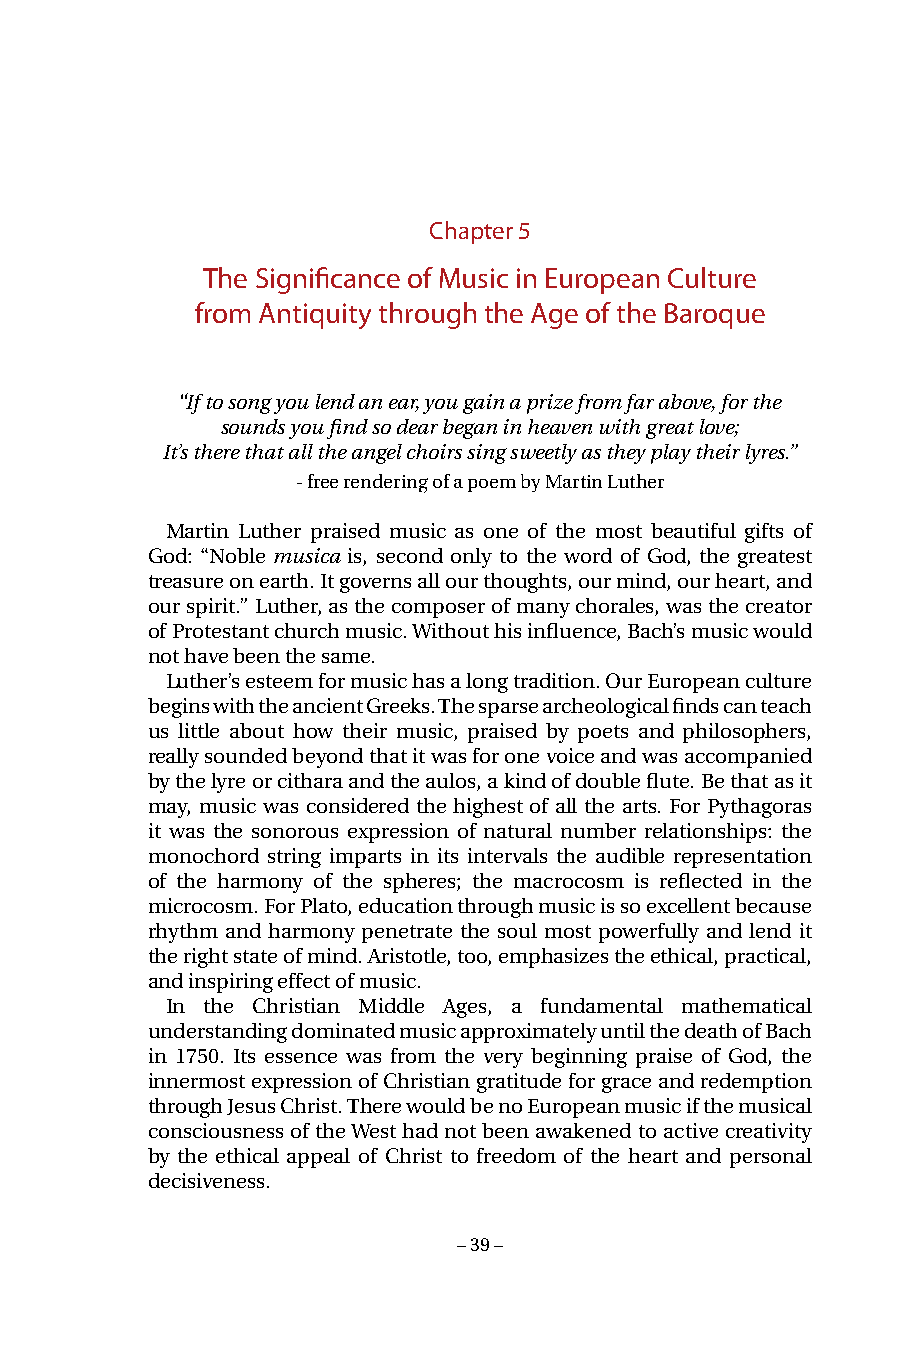
Chapter 5
 The Significance of Music in European Culture
 from Antiquity through the Age of the Baroque
 “If to song you lend an ear, you gain a prize from far above, for the
 sounds you find so dear began in heaven with great love;
 It’s there that all the angel choirs sing sweetly as they play their lyres.”
 - free rendering of a poem by Martin Luther
 Martin Luther praised music as one of the most beautiful gifts of
 God: “Noble musica is, second only to the word of God, the greatest
 treasure on earth. It governs all our thoughts, our mind, our heart, and
 our spirit.” Luther, as the composer of many chorales, was the creator
 of Protestant church music. Without his influence, Bach’s music would
 not have been the same.
 Luther’s esteem for music has a long tradition. Our European culture
 begins with the ancient Greeks. The sparse archeological finds can teach
 us little about how their music, praised by poets and philosophers,
 really sounded beyond that it was for one voice and was accompanied
 by the lyre or cithara and the aulos, a kind of double flute. Be that as it
 may, music was considered the highest of all the arts. For Pythagoras
 it was the sonorous expression of natural number relationships: the
 monochord string imparts in its intervals the audible representation
 of the harmony of the spheres; the macrocosm is reflected in the
 microcosm. For Plato, education through music is so excellent because
 rhythm and harmony penetrate the soul most powerfully and lend it
 the right state of mind. Aristotle, too, emphasizes the ethical, practical,
 and inspiring effect of music.
 In the Christian Middle Ages, a fundamental mathematical
 understanding dominated music approximately until the death of Bach
 in 1750. Its essence was from the very beginning praise of God, the
 innermost expression of Christian gratitude for grace and redemption
 through Jesus Christ. There would be no European music if the musical
 consciousness of the West had not been awakened to active creativity
 by the ethical appeal of Christ to freedom of the heart and personal
 decisiveness.
 – 39 –